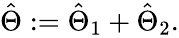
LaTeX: \begin{array}{r}{\hat{\Theta}:=\hat{\Theta}_{1}+\hat{\Theta}_{2}.}\end{array}